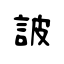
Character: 詖